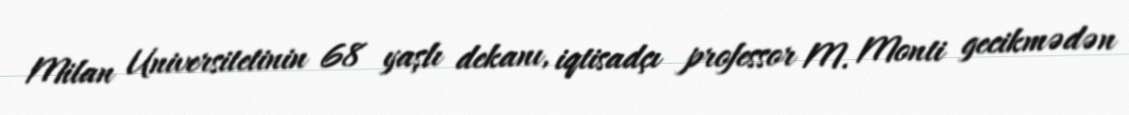
Milan Universitetinin 68 yaşlı dekanı, iqtisadçı professor M. Monti gecikmədən